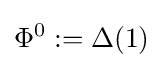
\Phi ^{0}:=\Delta (1)